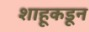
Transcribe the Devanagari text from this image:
शाहूकडून